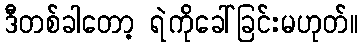
ဒီတစ်ခါတော့ ရဲကိုခေါ်ခြင်းမဟုတ်။